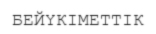
БЕЙҮКІМЕТТІК